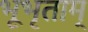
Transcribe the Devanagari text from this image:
भूभृताम्